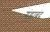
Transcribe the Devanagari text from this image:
गंडाबंद